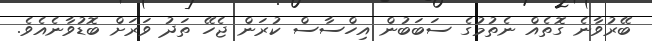
ބޭރުވާނެ ގޮތެއް ނެތުމުގެ ސަބަބުން އިހްސާސް ކުރަން ޖެހޭ ތަދު ވަރަށް ބޮޑުވާނެއެވެ.